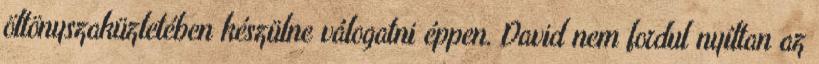
öltönyszaküzletében készülne válogatni éppen. David nem fordul nyíltan az